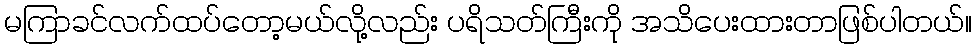
မကြာခင်လက်ထပ်တော့မယ်လို့လည်း ပရိသတ်ကြီးကို အသိပေးထားတာဖြစ်ပါတယ်။